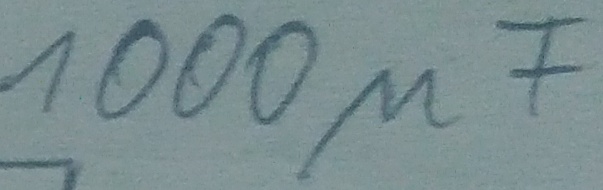
Text: 1000µF